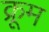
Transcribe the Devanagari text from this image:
क्रूम